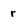
Character: r